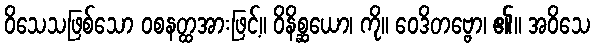
ဝိသေသဖြစ်သော ဝစနတ္ထအားဖြင့်။ ဝိနိစ္ဆယော၊ ကို။ ဝေဒိတဗ္ဗော၊ ၏။ အဝိသေ